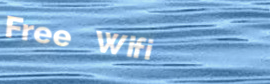
Free Wifi